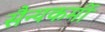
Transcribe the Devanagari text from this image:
सैन्यकर्मी